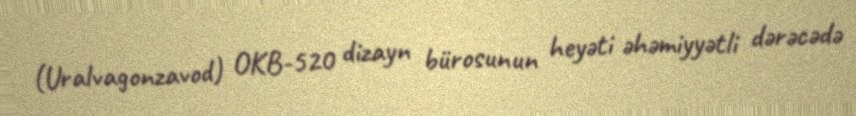
(Uralvagonzavod) OKB-520 dizayn bürosunun heyəti əhəmiyyətli dərəcədə